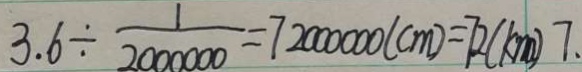
3 . 6 \div \frac { 1 } { 2 0 0 0 0 0 0 } = 7 2 0 0 0 0 0 0 ( c m ) = 7 2 ( k m ) 7 .